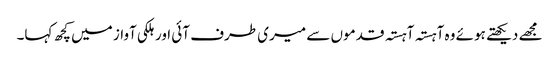
مجھے دیکھتے ہوئے وہ آہستہ آہستہ قدموں سے میری طرف آئی اور ہلکی آواز میں کچھ کہا۔